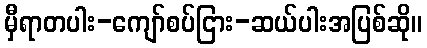
မှီရာတပါး-ကျော်စပ်ငြား-ဆယ်ပါးအပြစ်ဆို။